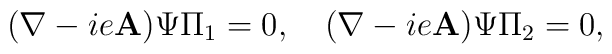
(\mathbf{\nabla}-ie\mathbf{A})\Psi \Pi_1=0, \quad(\mathbf{\nabla}-ie\mathbf{A})\Psi \Pi_2=0,